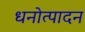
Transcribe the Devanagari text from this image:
धनोत्पादन